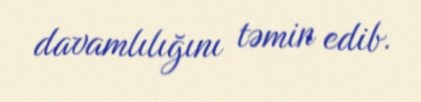
davamlılığını təmin edib.